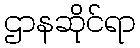
ဌာနဆိုင်ရာ